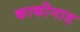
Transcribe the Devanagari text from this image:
काकीनाड